Leaving Certificate Examination, 1916
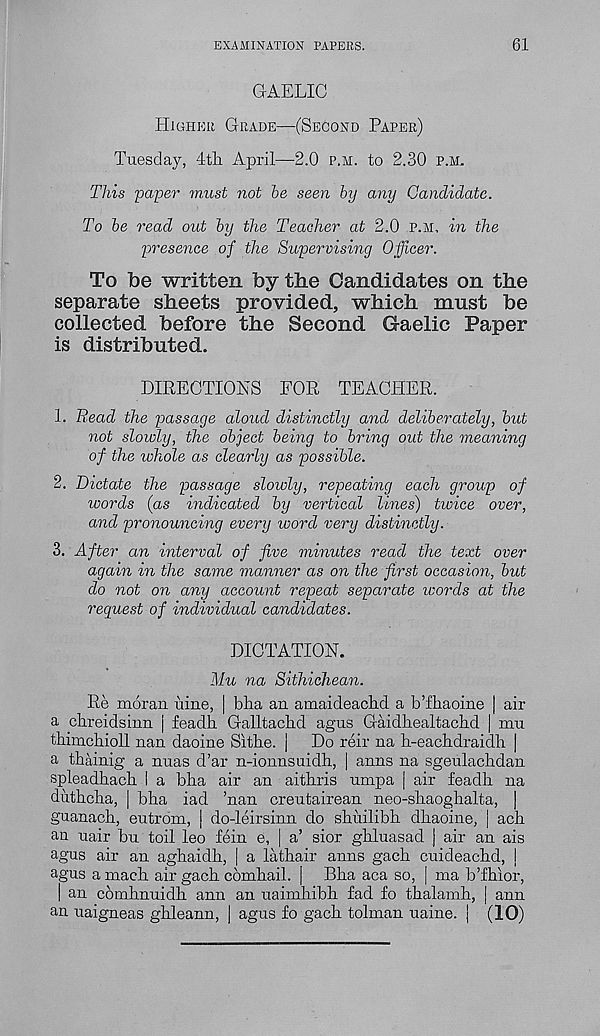
EXAMINATION PAPERS.
61
GAELIC
Higher Grade—(Second Paper)
Tuesday, 4th April—2.0 p.h. to 2.30 p.m.
This paper must not be seen by any Candidate.
To be read out by the Teacher at 2.0 p.h, in the
presence of the Supervising Officer.
To be written by the Candidates on the
separate sheets provided, which must be
collected before the Second Gaelic Paper
is distributed.
DIRECTIONS FOR TEACHER.
1. Read the passage aloud distinctly and deliberately, but
not slowly, the object being to bring out the meaning
of the whole as clearly as possible.
2. Dictate the passage slowly, repeating each group of
words (as indicated by vertical lines) twice over,
and pronouncing every word very distinctly.
3. After an interval of five minutes read the text over
again in the same manner as on the first occasion, but
do not on any account repeat separate words at the
request of individual candidates.
DICTATION.
Mu na Sithichean.
Re moran uine, | bha an amaideachd a b’fhaoine | air
a chreidsinn j feadh Galltachd agus Gaidhealtachd | mu
thimchioll nan daoine Sithe. |
Do reir na h-eachdraidh |
a thainig a nuas d’ar n-ionnsuidh, | anns na sgeulachdan
spleadhach I a bha air an aithris umpa | air feadh na
duthcha, | bha iad ’nan creutairean neo-shaoghalta, |
guanach, eutrom, | do-leirsinn do shiiilibh dhaoine, | ach
an uair bn toil leo fein e, | a’ sior ghluasad | air an ais
agus air an aghaidh, j a lathair anns gach cuideachd, \
agus a maeh air gach comhail. | Bha aca so, j ma b’fhior,
| an comhnuidh ann an uaimhibh fad fo thalamh, | ann
an uaigneas ghleann, | agus fo gach tolman uaine. j (10)